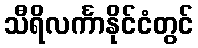
သီရိလင်္ကာနိုင်ငံတွင်